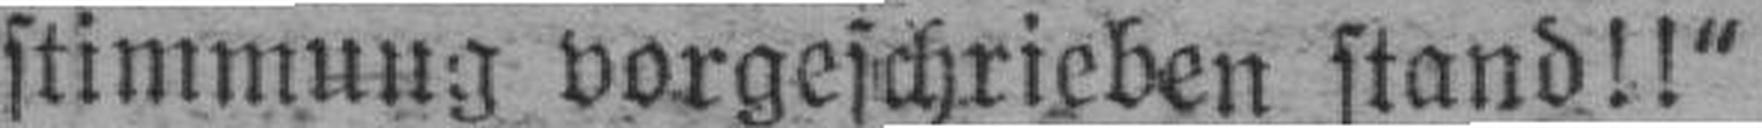
stimmung vorgeschrieben stand!!“